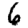
Digit: 6